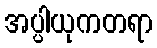
အပ္ပါယုကတရာ